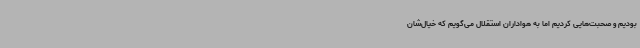
بودیم و صحبت‌هایی کردیم اما به هواداران استقلال می‌گویم که خیال‌شان